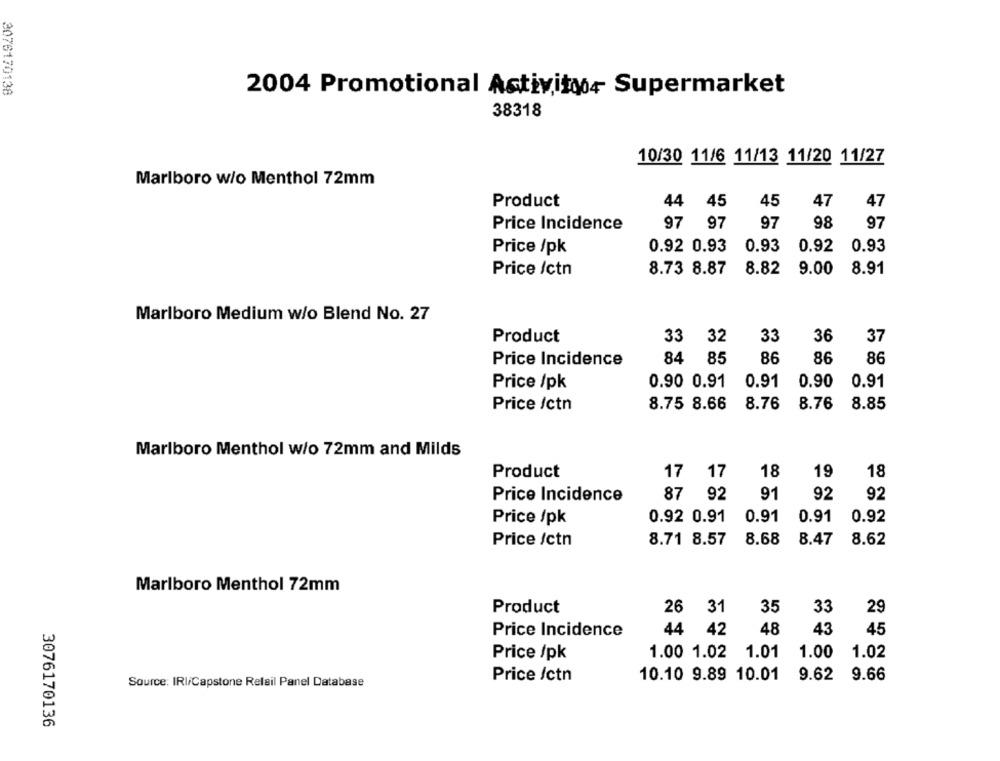
2076170138
2004 Promotional Activityo+ Supermarket
38318
10/30 11/6 11/13 11/20 11/27
Marlboro w/o Menthol 72mm
Product
44 45
45
47
47
Price Incidence
97 97
97
98
97
Price /pk
0.92 0.93
0.93 0.92 0.93
Price /ctn
8.73 8.87
8.82 9.00 8.91
Marlboro Medium w/o Blend No. 27
Product
33
32
33
36
37
Price Incidence
84
85
86
86
86
Price /pk
0.90 0.91
0.91
0.90
0.91
Price /ctn
8.75 8.66
8.76
8.76
8.85
Marlboro Menthol w/o 72mm and Milds
Product
17 17
18
19
18
91
92
Price Incidence
87 92
92
0.91
Price /pk
0.92 0.91
0.91
0.92
8.68 8.47
Price /ctn
8.71 8.57
8.62
Marlboro Menthol 72mm
Product
26 31
35
33
29
44 42 48
43
45
Price Incidence
1.00 1.02 1.01
1.00
1.02
Price /pk
Price /ctn
10.10 9.89 10.01
9.62
9.66
Source: IRI/Capstone Relail Panel Database
3076170136